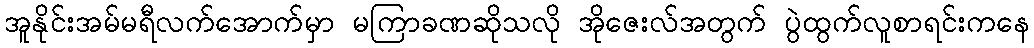
အူနိုင်းအမ်မရီလက်အောက်မှာ မကြာခဏဆိုသလို အိုဇေးလ်အတွက် ပွဲထွက်လူစာရင်းကနေ